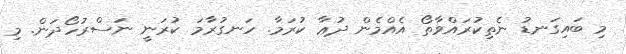
މި ބައިގަނޑު ނެތިކުރައްވާތޯ އެއްމެން ދުޢާ ކުރަމާ. ހަނގުރާމަ ކުރަނީ ނަސްރުހޯދަން. މި